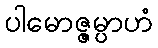
ပါမောဇ္ဇမ္ပာဟံ